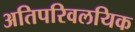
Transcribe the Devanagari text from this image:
अतिपरिवलयिक